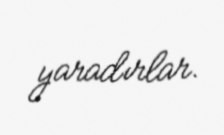
yaradırlar.